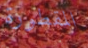
المقطورة